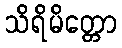
သိရိမိတ္တော